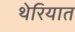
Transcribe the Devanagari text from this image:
थेरियात